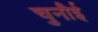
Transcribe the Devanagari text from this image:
चुनौई